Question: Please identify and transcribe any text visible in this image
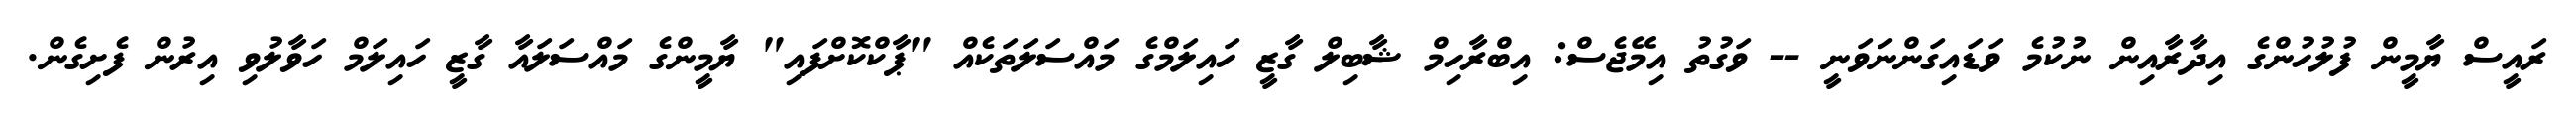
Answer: ރައީސް ޔާމީން ފުލުހުންގެ އިދާރާއިން ނުކުމެ ވަޑައިގަންނަވަނީ -- ވަގުތު އިމޭޖެސް: އިބްރާހިމް ޝާބިލް ގާޒީ ހައިލަމްގެ މައްސަލަތަކެއް "ޕާކްކޮށްފައި" ޔާމީންގެ މައްސަލައާ ގާޒީ ހައިލަމް ހަވާލުވި އިރުން ފެށިގެން.